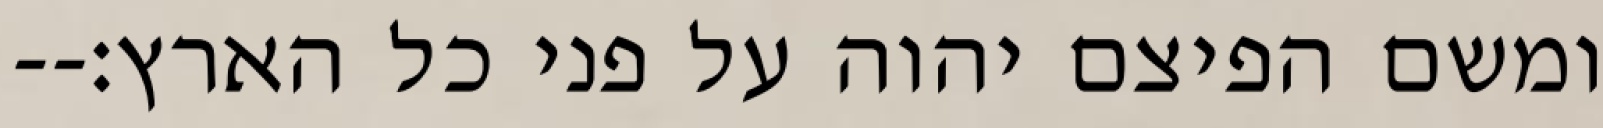
ומשם הפיצם יהוה על פני כל הארץ׃--